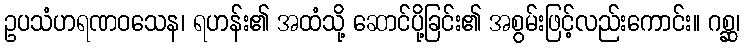
ဥပသံဟရဏဝသေန၊ ရဟန်း၏ အထံသို့ ဆောင်ပို့ခြင်း၏ အစွမ်းဖြင့်လည်းကောင်း။ ဂစ္ဆ၊